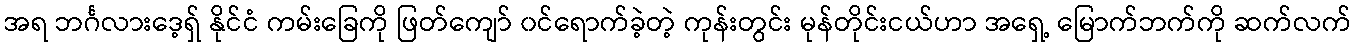
အရ ဘင်္ဂလားဒေ့ရှ် နိုင်ငံ ကမ်းခြေကို ဖြတ်ကျော် ၀င်ရောက်ခဲ့တဲ့ ကုန်းတွင်း မုန်တိုင်းငယ်ဟာ အရှေ့ မြောက်ဘက်ကို ဆက်လက်